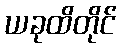
ယခုထိတိုင်